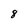
Character: 8